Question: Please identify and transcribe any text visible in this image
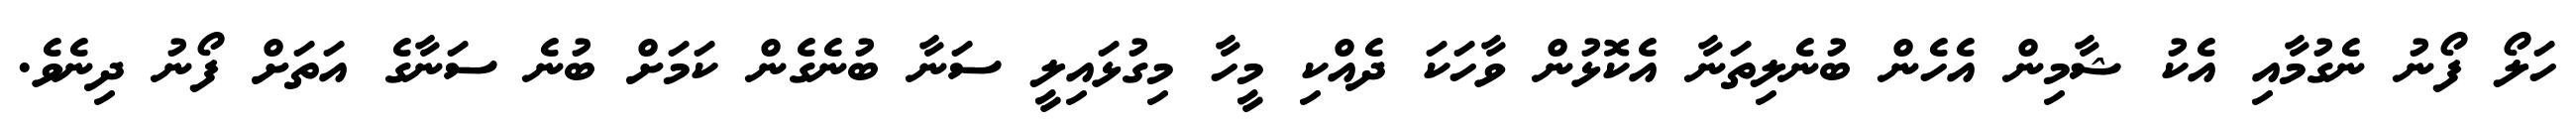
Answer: ހަލޯ ފޯނު ނެގުމާއި އެކު ޝާމިން އެހެން ބުނެލިތަނާ އެކޮޅުން ވާހަކަ ދެއްކި މީހާ މިގުޅައިލީ ސަނާ ބުނެގެން ކަމަށް ބުނެ ސަނާގެ އަތަށް ފޯނު ދިނެވެ.